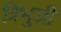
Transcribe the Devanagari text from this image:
त्रिभुजी